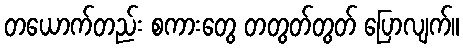
တယောက်တည်း စကားတွေ တတွတ်တွတ် ပြောလျက်။